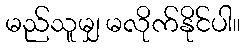
မည်သူမျှ မလိုက်နိုင်ပါ။